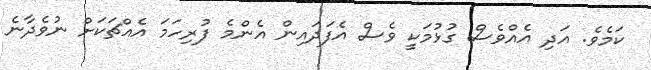
ކަމެވެ. އަދި އެއްވެސް ގުޅުމަކީ ވެސް އެފަދައިން އެންމެ ފުރިހަމަ އެއްޗަކަށް ނުވެދާނެ